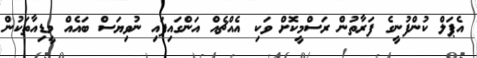
އެޕަލް ކުންފުނީގެ ފަރާތުން ރަސްމީކޮށް ވަކި އެއްޗެއް އަންގައިފައި ނުވިޔަސް ބައެއް މީޑިއާތަކުން